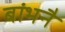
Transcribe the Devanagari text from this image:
बांभनै